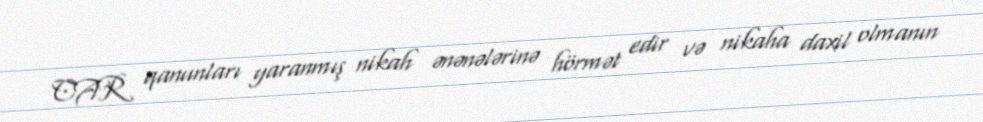
CAR qanunları yaranmış nikah ənənələrinə hörmət edir və nikaha daxil olmanın